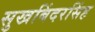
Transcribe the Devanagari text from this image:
सुखबिंदरसिंह